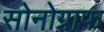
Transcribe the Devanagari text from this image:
सोनोग्राफ